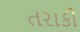
તરાકી